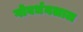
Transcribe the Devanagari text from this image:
गोवर्धनलाल